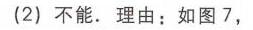
(2) 不能. 理由：如图 7,